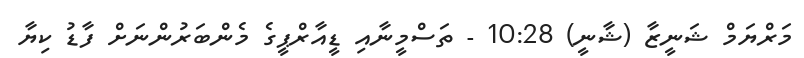
މަރްޔަމް ޝަނީޒާ (ޝާނީ) 10:28 - ތަސްމީނާއި ޑީއާރްޕީގެ މެންބަރުންނަށް ފާޑު ކިޔާ